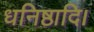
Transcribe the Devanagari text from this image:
धनिष्ठादि।